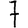
Digit: 7